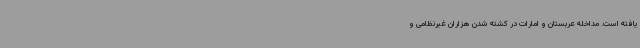
یافته است. مداخله عربستان و امارات در کشته شدن هزاران غیرنظامی و